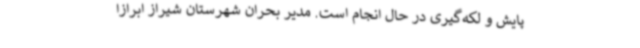
پایش و لکه‌گیری در حال انجام است. مدیر بحران شهرستان شیراز ابرازا